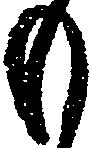
も